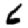
Digit: 6